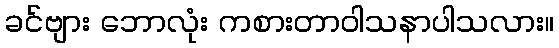
ခင်ဗျား ဘောလုံး ကစားတာဝါသနာပါသလား။